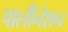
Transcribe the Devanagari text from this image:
पालीनेशन